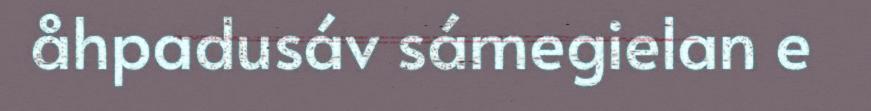
åhpadusáv sámegielan e